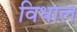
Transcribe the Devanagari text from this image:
विधाल